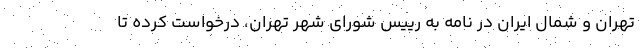
تهران و شمال ایران در نامه به رییس شورای شهر تهران، درخواست کرده تا